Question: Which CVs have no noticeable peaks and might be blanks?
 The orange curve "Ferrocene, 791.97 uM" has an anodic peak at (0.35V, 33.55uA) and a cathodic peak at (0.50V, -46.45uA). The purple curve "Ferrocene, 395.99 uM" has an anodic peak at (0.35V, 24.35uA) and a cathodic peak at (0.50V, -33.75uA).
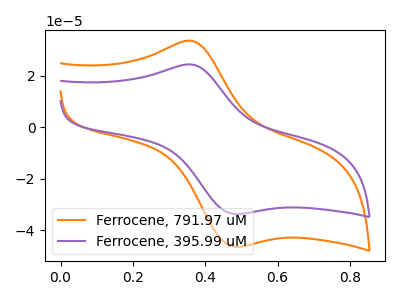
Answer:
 <answer>There are not any CV's on this graph that are likely to be blanks.</answer>
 <eval>none</eval>